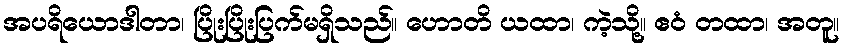
အပရိယောဒါတာ၊ ပြိုးပြိုးပြက်မရှိသည်။ ဟောတိ ယထာ၊ ကဲ့သို့။ ဧဝံ တထာ၊ အတူ။